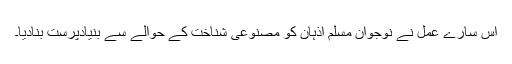
اس سارے عمل نے نوجوان مسلم اذہان کو مصنوعی شناخت کے حوالے سے بنیادپرست بنادیا۔